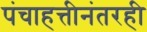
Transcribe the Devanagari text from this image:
पंचाहत्तीनंतरही